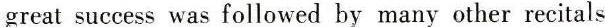
great success was followed by many other recitals